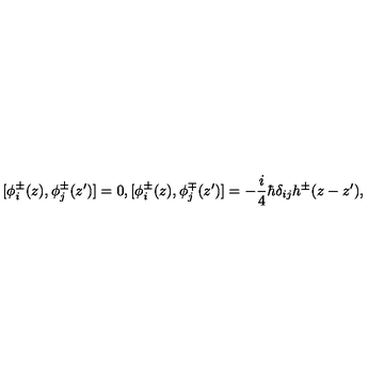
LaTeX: [ \phi _ { i } ^ { \pm } ( z ) , \phi _ { j } ^ { \pm } ( z ^ { \prime } ) ] = 0 , [ \phi _ { i } ^ { \pm } ( z ) , \phi _ { j } ^ { \mp } ( z ^ { \prime } ) ] = - \frac { i } { 4 } \hbar \delta _ { i j } h ^ { \pm } ( z - z ^ { \prime } ) ,